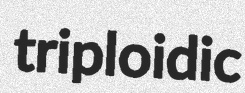
triploidic